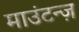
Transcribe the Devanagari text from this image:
माउंटन्ज़